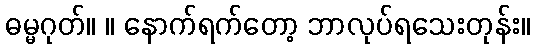
ဓမ္မဂုတ်။ ။ နောက်ရက်တော့ ဘာလုပ်ရသေးတုန်း။